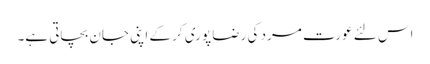
اس لئے عورت مرد کی رضا پوری کر کے اپنی جان بچاتی ہے۔